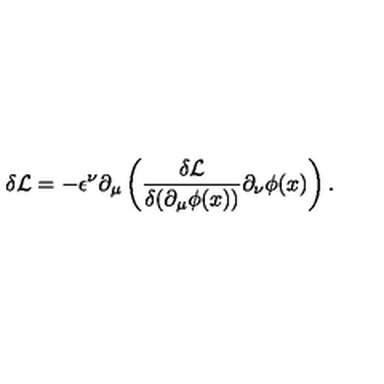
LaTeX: \delta \mathcal { L } = - \epsilon ^ { \nu } \partial _ { \mu } \left( \frac { \delta \mathcal { L } } { \delta ( \partial _ { \mu } \phi ( x ) ) } \partial _ { \nu } \phi ( x ) \right) .